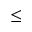
\le